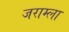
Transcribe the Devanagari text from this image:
जराम्ला